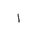
Letter: _alif